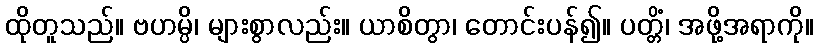
ထိုတူသည်။ ဗဟမ္ပိ၊ များစွာလည်း။ ယာစိတွာ၊ တောင်းပန်၍။ ပတ္တိံ၊ အဖို့အရာကို။